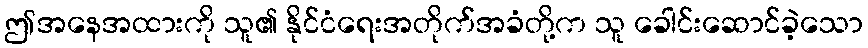
ဤအနေအထားကို သူ၏ နိုင်ငံရေးအတိုက်အခံတို့က သူ ခေါင်းဆောင်ခဲ့သော